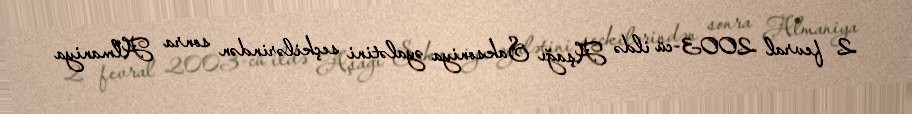
2 fevral 2003-cü ildə Aşağı Saksoniya əyalətini seçkilərindən sonra Almaniya